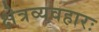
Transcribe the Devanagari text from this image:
क्षेत्रव्यवहारः